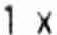
1 X